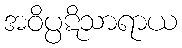
အဝိပ္ပဋိသာရာယ